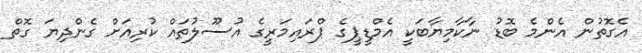
އެގޮތުން އެންމެ ބޮޑު ނާކާމިޔާބަކީ އެމްޑީޕީގެ ޕްރައިމަރީގެ އުސޫލުތައް ކުރިއަށް ގެންދިޔަ ގޮތް